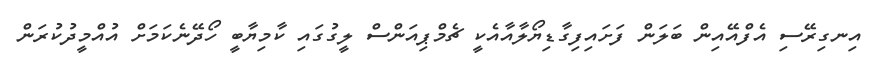
އިނގިރޭސި އެފްއޭއިން ބަލަން ފަށައިފިގާޑިޔޯލާއާއެކީ ޗެމްޕިއަންސް ލީގުގައި ކާމިޔާބީ ހޯދޭނެކަމަށް އުއްމީދުކުރަން